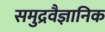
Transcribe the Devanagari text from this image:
समुद्रवैज्ञानिक